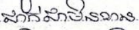
ជាក់ជាមិនខាន